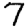
Digit: 7